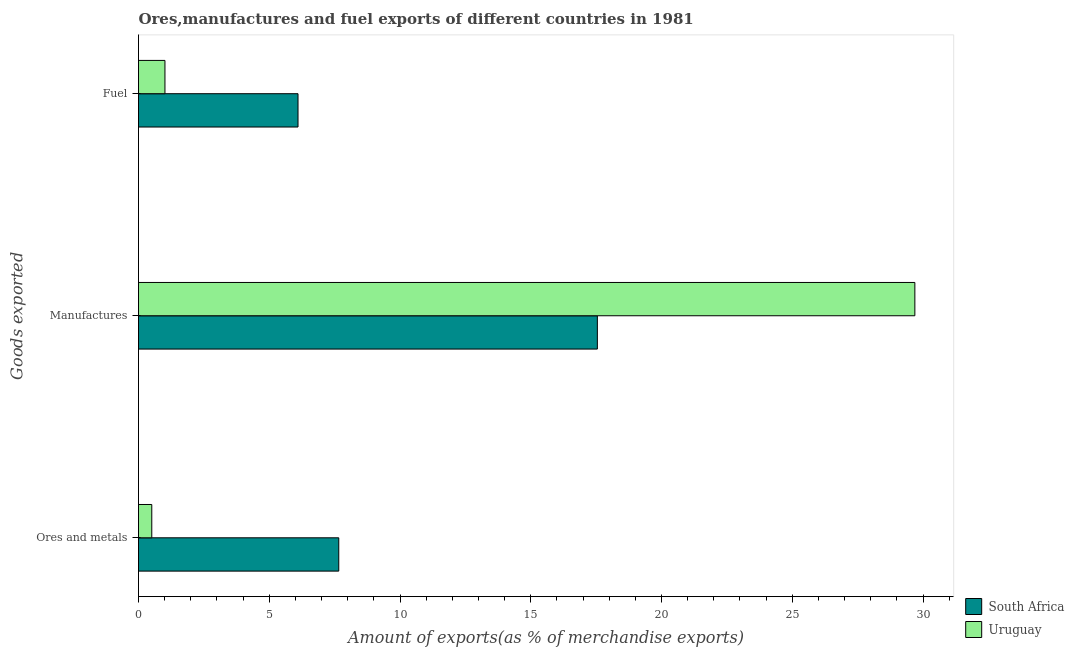
| Goods exported | South Africa | Uruguay |
 | --- | --- | --- |
 | Ores and metals | 7.66 | 0.508 |
 | Manufactures | 17.5 | 29.7 |
 | Fuel | 6.1 | 1.01 |